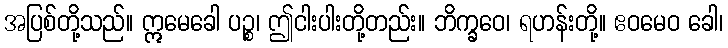
အပြစ်တို့သည်။ ဣမေခေါ ပဉ္စ၊ ဤငါးပါးတို့တည်း။ ဘိက္ခဝေ၊ ရဟန်းတို့။ ဧဝမေဝ ခေါ၊